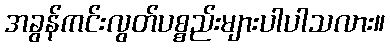
အခွန်ကင်းလွတ်ပစ္စည်းများပါပါသလား။